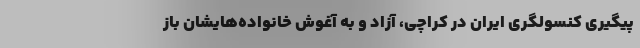
پیگیری کنسولگری ایران در کراچی، آزاد و به آغوش خانواده‌هایشان باز